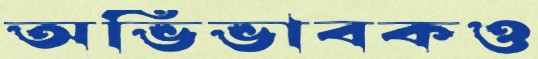
অভিভাবকও